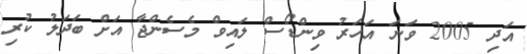
އަދި 2005 ވަނަ އަހަރު ވިންޑޯސް ލައިވް މެސެންޖާ އަށް ބަދަލު ކުރި